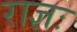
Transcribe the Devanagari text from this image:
राज्ञः